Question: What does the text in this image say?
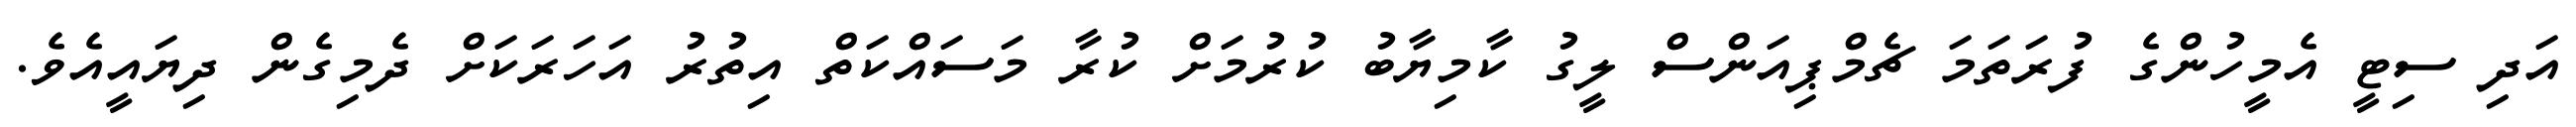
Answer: އަދި ސިޓީ އެމީހުންގެ ފުރަތަމަ ޗެމްޕިއަންސް ލީގު ކާމިޔާބު ކުރުމަށް ކުރާ މަސައްކަތް އިތުރު އަހަރަކަށް ދެމިގެން ދިޔައީއެވެ.